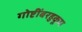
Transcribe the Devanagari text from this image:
गोष्टींबरहुकूम